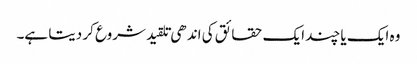
وہ ایک یا چند ایک حقائق کی اندھی تلقید شروع کر دیتا ہے۔